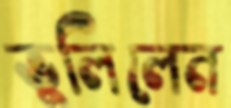
ভুলিলেন